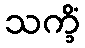
သက္ခိံ